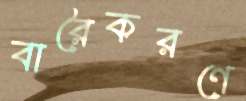
বারৈকরণে